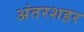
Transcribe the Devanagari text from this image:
अंतरशहर